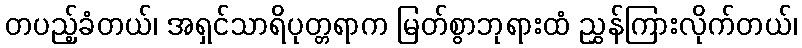
တပည့်ခံတယ်၊ အရှင်သာရိပုတ္တရာက မြတ်စွာဘုရားထံ ညွှန်ကြားလိုက်တယ်၊